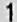
1